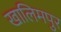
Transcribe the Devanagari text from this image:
खालिमपुर